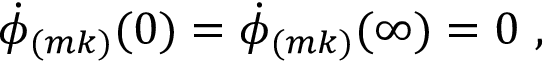
\dot { \phi } _ { ( m k ) } ( 0 ) = \dot { \phi } _ { ( m k ) } ( \infty ) = 0 ~ ,